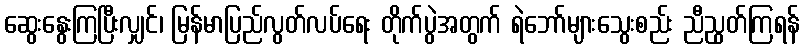
ဆွေးနွေးကြပြီးလျှင်၊ မြန်မာပြည်လွတ်လပ်ရေး တိုက်ပွဲအတွက် ရဲဘော်များသွေးစည်း ညီညွတ်ကြရန်